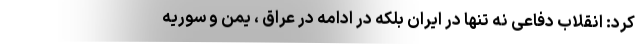
کرد: انقلاب دفاعی نه تنها در ایران بلکه در ادامه در عراق ، یمن و سوریه